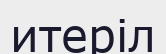
итеріл